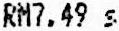
RM7.49 S